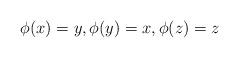
LaTeX: \begin{align*} \phi(x) = y,\phi(y) = x,\phi(z) = z\end{align*}